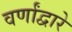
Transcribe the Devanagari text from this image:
वर्णांद्वारे